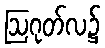
ဩဂုတ်လ၌